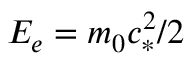
E _ { e } = m _ { 0 } c _ { * } ^ { 2 } / 2